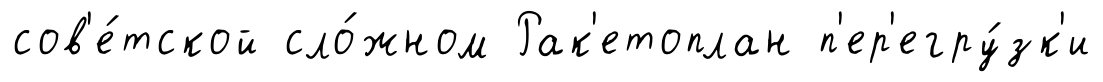
сов'е́тской сло́жном Рак'етоплан п'ер'егру́зк'и